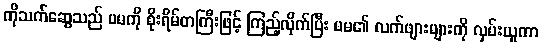
ကိုသက်ဆွေသည် မမကို စိုးရိမ်တကြီးဖြင့် ကြည့်လိုက်ပြီး မမ၏ လက်ဖျားများကို လှမ်းယူကာ